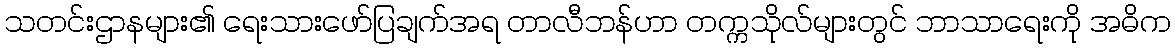
သတင်းဌာနများ၏ ရေးသားဖော်ပြချက်အရ တာလီဘန်ဟာ တက္ကသိုလ်များတွင် ဘာသာရေးကို အဓိက